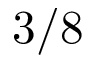
3 / 8